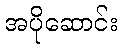
အပိုဆောင်း